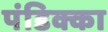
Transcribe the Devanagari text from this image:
पंडिक्का